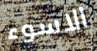
الاسوء